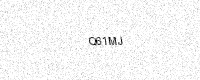
Text: Q61MJ